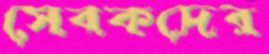
সেবকদের